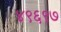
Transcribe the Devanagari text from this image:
४९६९७